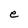
Character: e